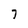
Character: 7